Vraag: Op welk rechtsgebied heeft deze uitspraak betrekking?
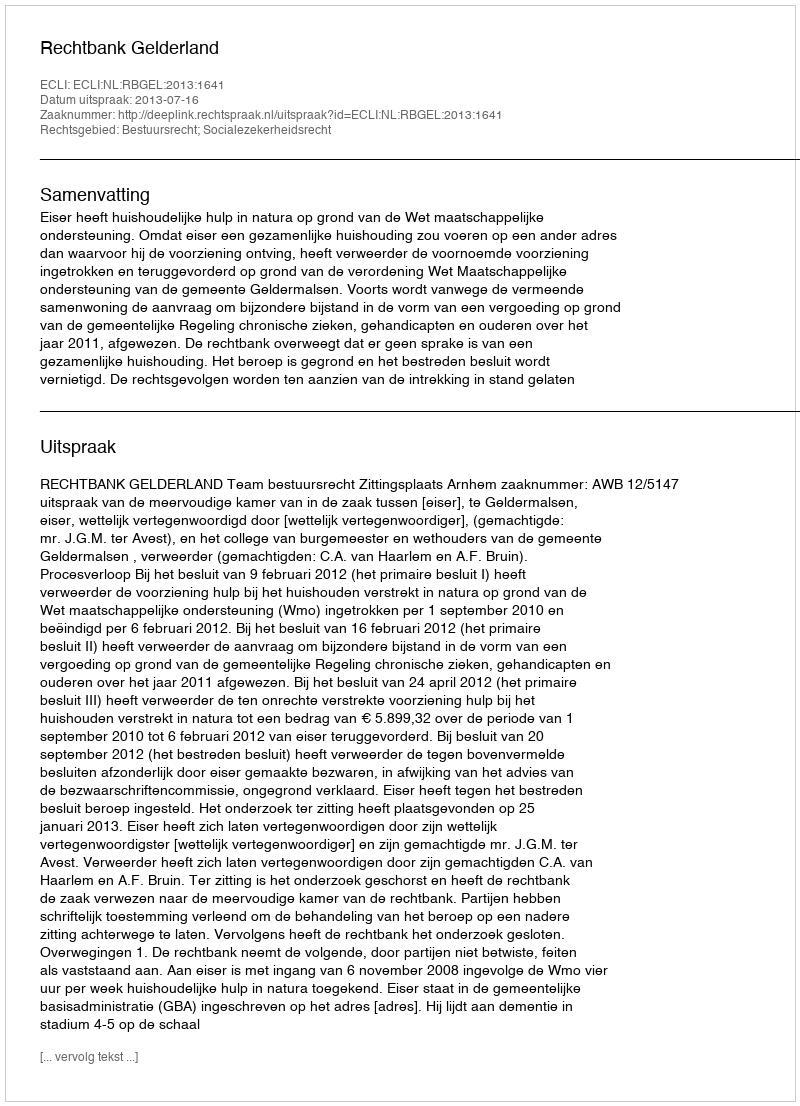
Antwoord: Bestuursrecht; Socialezekerheidsrecht